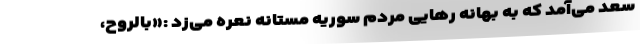
سعد می‌آمد که به بهانه رهایی مردم سوریه مستانه نعره می‌زد :«بالرّوح،